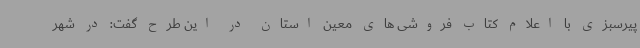
پیرسبزی با اعلام کتاب فروشی های معین استان در این طرح گفت: در شهر